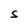
Character: S